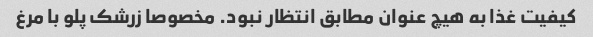
کیفیت غذا به هیچ عنوان مطابق انتظار نبود. مخصوصا زرشک پلو با مرغ